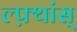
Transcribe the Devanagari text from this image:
ल्फ़्थांस्